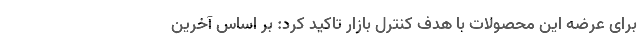
برای عرضه این محصولات با هدف کنترل بازار تاکید کرد: بر اساس آخرین